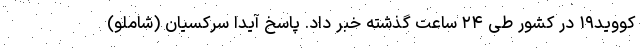
کووید۱۹ در کشور طی ۲۴ ساعت گذشته خبر داد. پاسخ آیدا سرکسیان (شاملو)